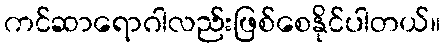
ကင်ဆာရောဂါလည်းဖြစ်စေနိုင်ပါတယ်။